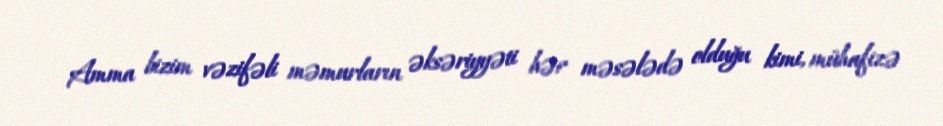
Amma bizim vəzifəli məmurların əksəriyyəti hər məsələdə olduğu kimi, mühafizə